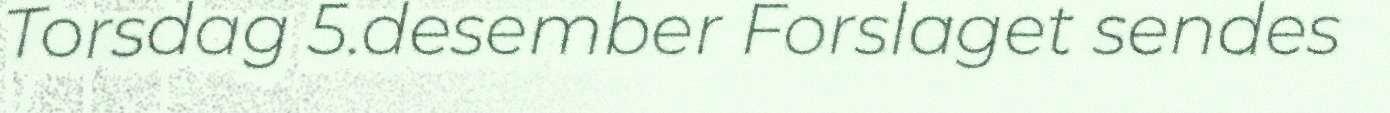
Torsdag 5.desember Forslaget sendes